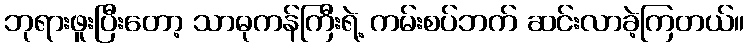
ဘုရားဖူးပြီးတော့ သာဓုကန်ကြီးရဲ့ ကမ်းစပ်ဘက် ဆင်းလာခဲ့ကြတယ်။